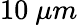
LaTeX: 10~\mu m